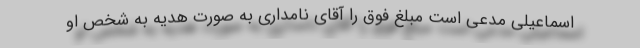
اسماعیلی مدعی است مبلغ فوق را آقای نامداری به صورت هدیه به شخص او